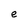
Character: e